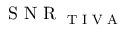
\textrm { S N R } _ { \textrm { T I V A } }